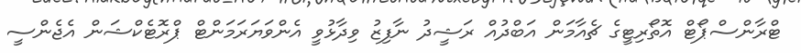
ޓްރާންސްޕޯޓް އޮތޯރިޓީގެ ޗެއާމަން އަބްދުއް ރަޝީދު ނާފިޒު ވިދާޅުވީ އެންވަޔަރަމަންޓް ޕްރޮޓެކްޝަން އެޖެންސީ